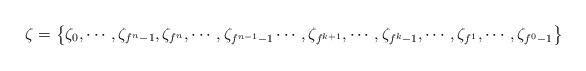
LaTeX: \begin{align*}\zeta=\left\{ \zeta_0, \cdots, \zeta_{f^{n}-1},\zeta_{f^{n}}, \cdots ,\zeta_{f^{n-1}-1} \cdots, \zeta_{f^{k+1}}, \cdots, \zeta_{f^k-1}, \cdots,\zeta_{f^{1}},\cdots , \zeta_{f^{0}-1} \right\}\end{align*}